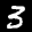
Label: 3